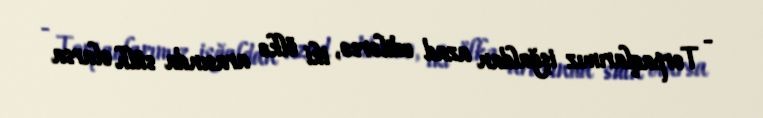
- Torpaqlarımız işğaldan azad edilərsə, iki ölkə arasında sülh olarsa